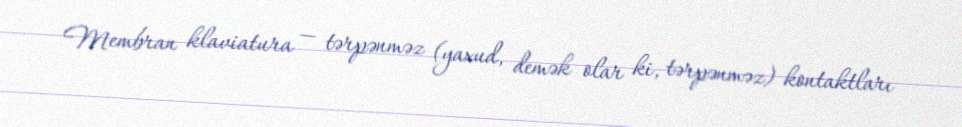
Membran klaviatura — tərpənməz (yaxud, demək olar ki, tərpənməz) kontaktları